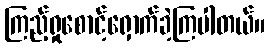
ကြည့်ရှုစောင့်ရှောက်ခဲ့ကြပါတယ်။